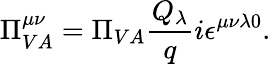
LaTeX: \Pi_{VA}^{\mu\nu}=\Pi_{VA}\frac{Q_{\lambda}}{q}i\epsilon^{\mu\nu\lambda 0}.